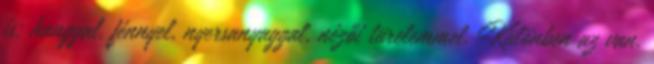
is: hanggal, fénnyel, nyersanyaggal, nézői türelemmel. Különben az van,